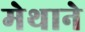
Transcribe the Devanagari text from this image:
मेथाने